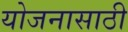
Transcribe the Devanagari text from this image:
योजनासाठी